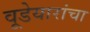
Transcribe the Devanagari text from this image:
वूडेयारांचा